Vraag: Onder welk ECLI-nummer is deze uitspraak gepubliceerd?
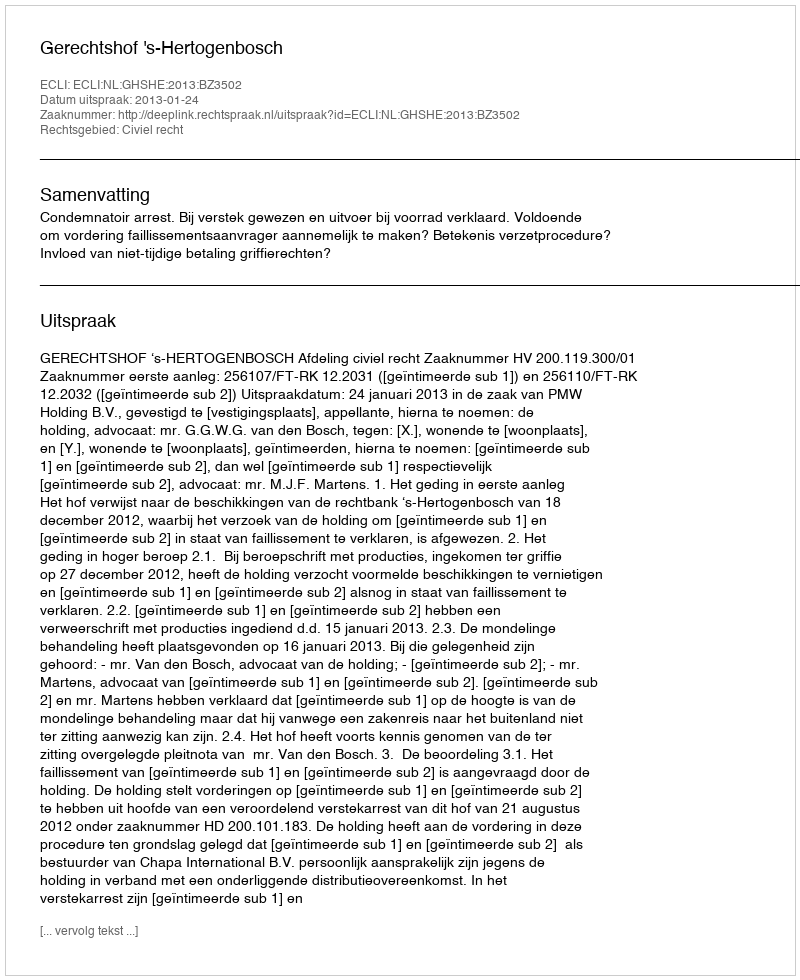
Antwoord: ECLI:NL:GHSHE:2013:BZ3502